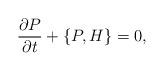
LaTeX: \begin{align*}\frac{\partial P}{\partial t} + \{P, H\} = 0, \end{align*}